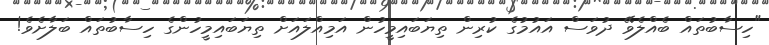
"ހިސާބުތައް ބެއްލެވޭ ދުވަސް އައުމުގެ ކުރިން ތިޔަބައިމީހުން އަމިއްލައަށް ތިޔަބައިމީހުންގެ ހިސާބުތައް ބަލާށެވެ!